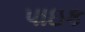
પાઇક